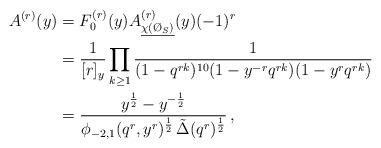
LaTeX: \begin{align*}A^{(r)}(y)& = F_0^{(r)}(y) A^{(r)}_{\underline{\chi(\O_S)}}(y) (-1)^{r} \\& = \frac{1}{[r]_y} \prod_{k\geq 1} \frac{1}{(1-q^{rk})^{10}(1-y^{-r}q^{rk}) (1 - y^r q^{rk})} \\& = \frac{y^\frac{1}{2} - y^{-\frac{1}{2}}}{\phi_{-2,1}(q^r,y^r)^\frac{1}{2}\, \tilde\Delta(q^r)^\frac{1}{2}} \,,\end{align*}